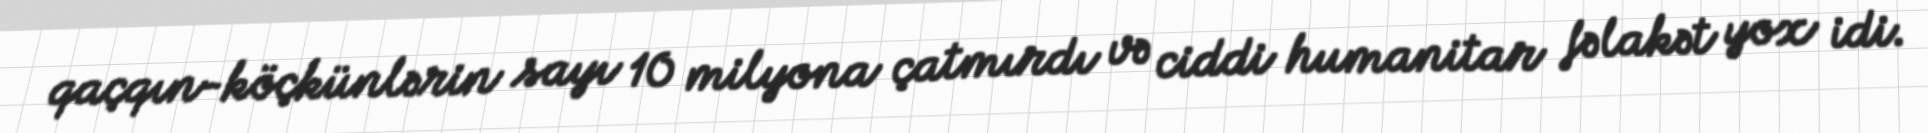
qaçqın-köçkünlərin sayı 10 milyona çatmırdı və ciddi humanitar fəlakət yox idi.